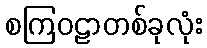
စကြဝဠာတစ်ခုလုံး